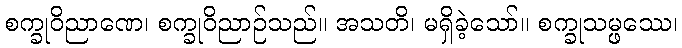
စက္ခုဝိညာဏေ၊ စက္ခုဝိညာဉ်သည်။ အသတိ၊ မရှိခဲ့သော်။ စက္ခုသမ္ဖဿေ၊